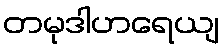
တမုဒါဟရေယျ